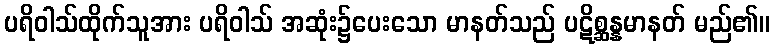
ပရိဝါသ်ထိုက်သူအား ပရိဝါသ် အဆုံး၌ပေးသော မာနတ်သည် ပဋိစ္ဆန္နမာနတ် မည်၏။